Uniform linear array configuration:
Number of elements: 4
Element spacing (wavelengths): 1
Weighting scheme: uniform
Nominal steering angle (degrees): -45
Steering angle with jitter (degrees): -44.407
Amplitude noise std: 0.05
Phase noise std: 0.05

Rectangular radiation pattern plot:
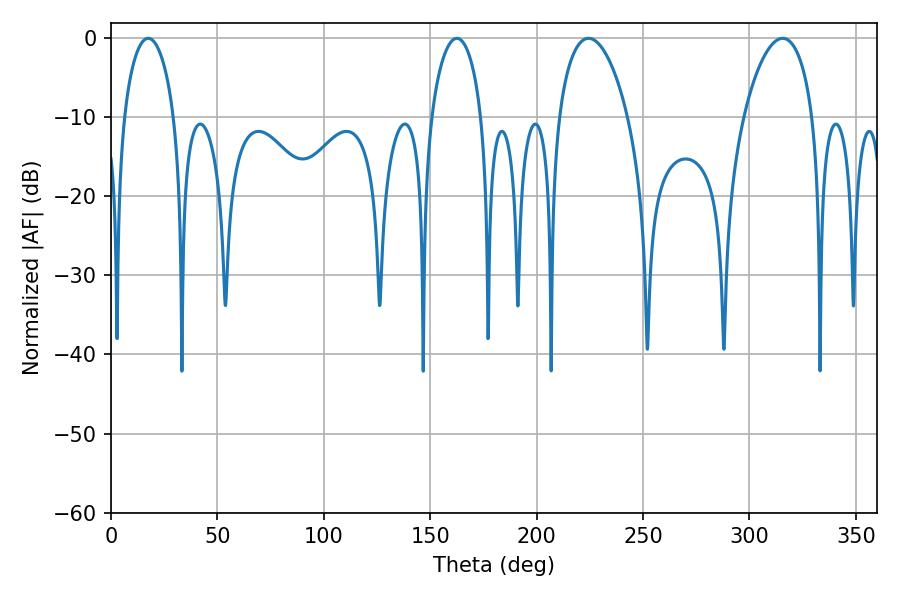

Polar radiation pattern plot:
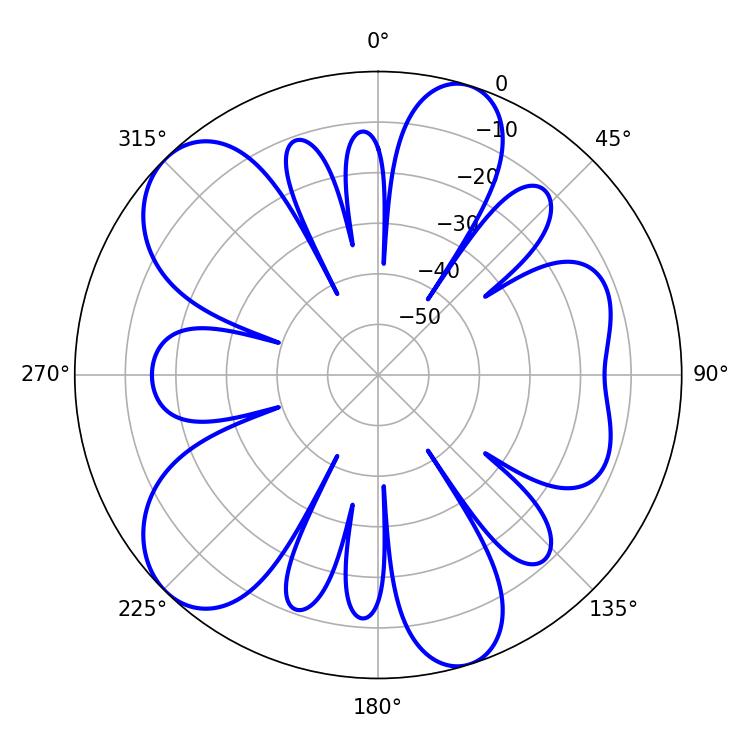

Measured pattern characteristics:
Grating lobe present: TRUE
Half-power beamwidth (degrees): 13.5
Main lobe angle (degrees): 17.46